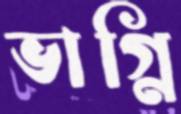
ভাগ্নি